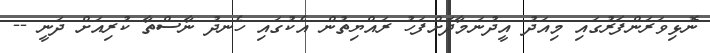
ނޮޅިވަރަންފަރުގައި މިއަދު އީދުނަމާދަށްފަހު ރައްޔިތުން އެކުގައި ހެނދު ނާސްތާ ކުރިއަށް ދަނީ --